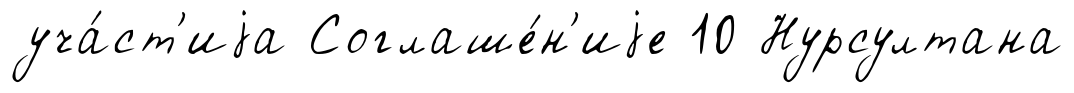
уча́ст'иjа Соглаше́н'иjе 10 Нурсултана